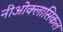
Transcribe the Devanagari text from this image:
नीओक्लासिकल